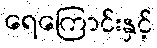
ရေကြောင်းနှင့်